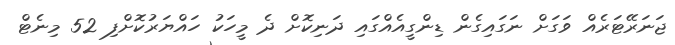
ޖަނަރޭޓަރެއް ވަގަށް ނަގައިގެން ޑިންގީއެއްގައި ދަނިކޮށް ދެ މީހަކު ހައްޔަރުކޮށްފި 52 މިނެޓް